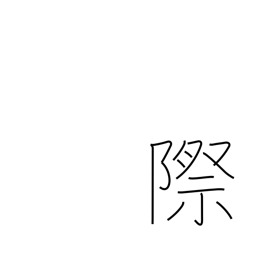
Meaning: indecent